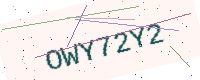
Text: OWY72Y2